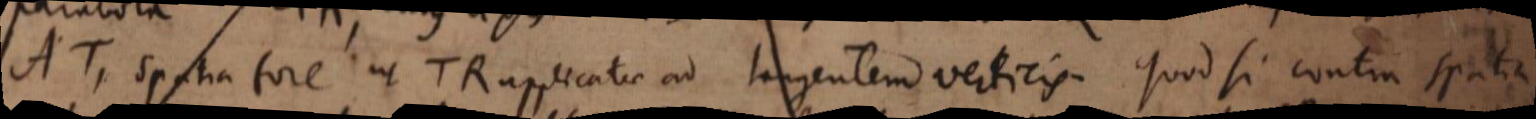
AT, spatia fore ut TR applicatae ad tangentem verticis. Quod si contra spatia